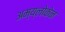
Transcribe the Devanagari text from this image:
अम्य्लोकेन